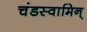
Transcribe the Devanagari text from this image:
चंडस्वामिन्